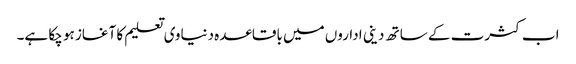
اب کثرت کے ساتھ دینی اداروں میں باقاعدہ دنیاوی تعلیم کا آغاز ہو چکا ہے۔